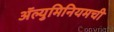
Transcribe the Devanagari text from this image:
ॲल्युमिनियमची